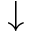
\downarrow